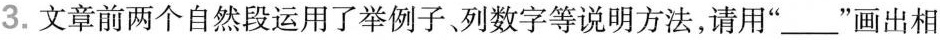
3.文章前两个自然段运用了举例子列数字等说明方法，请用”___”画出相